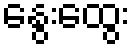
နွေးထွေး